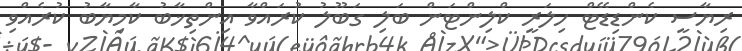
ރިޔާސީ ކެންޑިޑޭޓް ހިލަރީ ކްލިންޓަން ބަލި ގަބޫލު ކުރައްވާ އިންތިޚާބު ކާމިޔާބު ކުރެއްވި